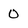
Character: 0